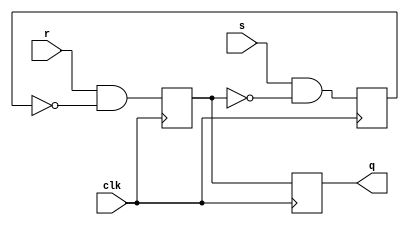
module MasterSlaveSRFF(
    input wire clk,
    input wire s, r,
    output reg q
);

reg q1, q2;

always @(posedge clk) begin
    q1 <= s & ~q2;
    q2 <= r & ~q1;
    q <= q2;
end

endmodule